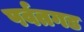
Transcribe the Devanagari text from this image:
पर्वतगड